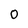
Character: O